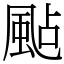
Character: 颭